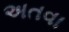
અતવા